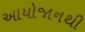
આયોજાનથી